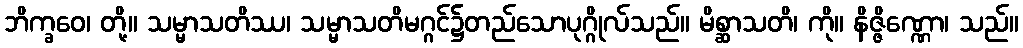
ဘိက္ခဝေ၊ တို့။ သမ္မာသတိဿ၊ သမ္မာသတိမဂ္ဂင်၌တည်သောပုဂ္ဂိုလ်သည်။ မိစ္ဆာသတိ၊ ကို။ နိဇ္ဇိဏ္ဏော၊ သည်။